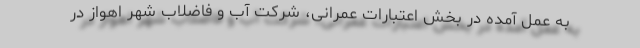
به عمل آمده در بخش اعتبارات عمرانی، شرکت آب و فاضلاب شهر اهواز در